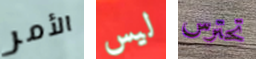
الأمر ليس تحترس